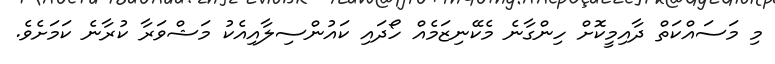
މި މަސައްކަތް ދާއިމީކޮށް ހިންގާނެ މެކޭނިޒަމެއް ހޯދައި ކައުންސިލާއިއެކު މަޝްވަރާ ކުރާނެ ކަމަށެވެ.